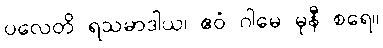
ပလေတိ ရသမာဒါယ၊ ဧဝံ ဂါမေ မုနီ စရေ။